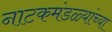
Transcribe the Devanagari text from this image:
नाटकमंडळ्यांच्या